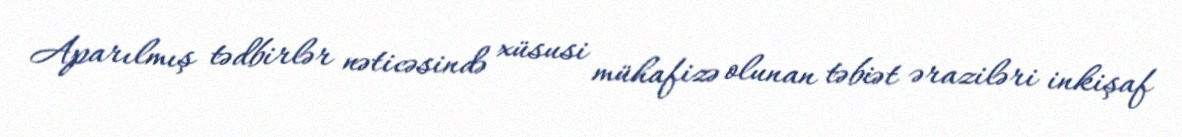
Aparılmış tədbirlər nəticəsində xüsusi mühafizə olunan təbiət əraziləri inkişaf